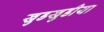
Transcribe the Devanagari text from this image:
खुडखुडीया